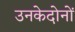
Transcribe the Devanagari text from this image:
उनकेदोनों